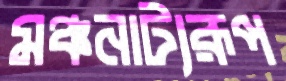
মঞ্চনাট্যরূপ